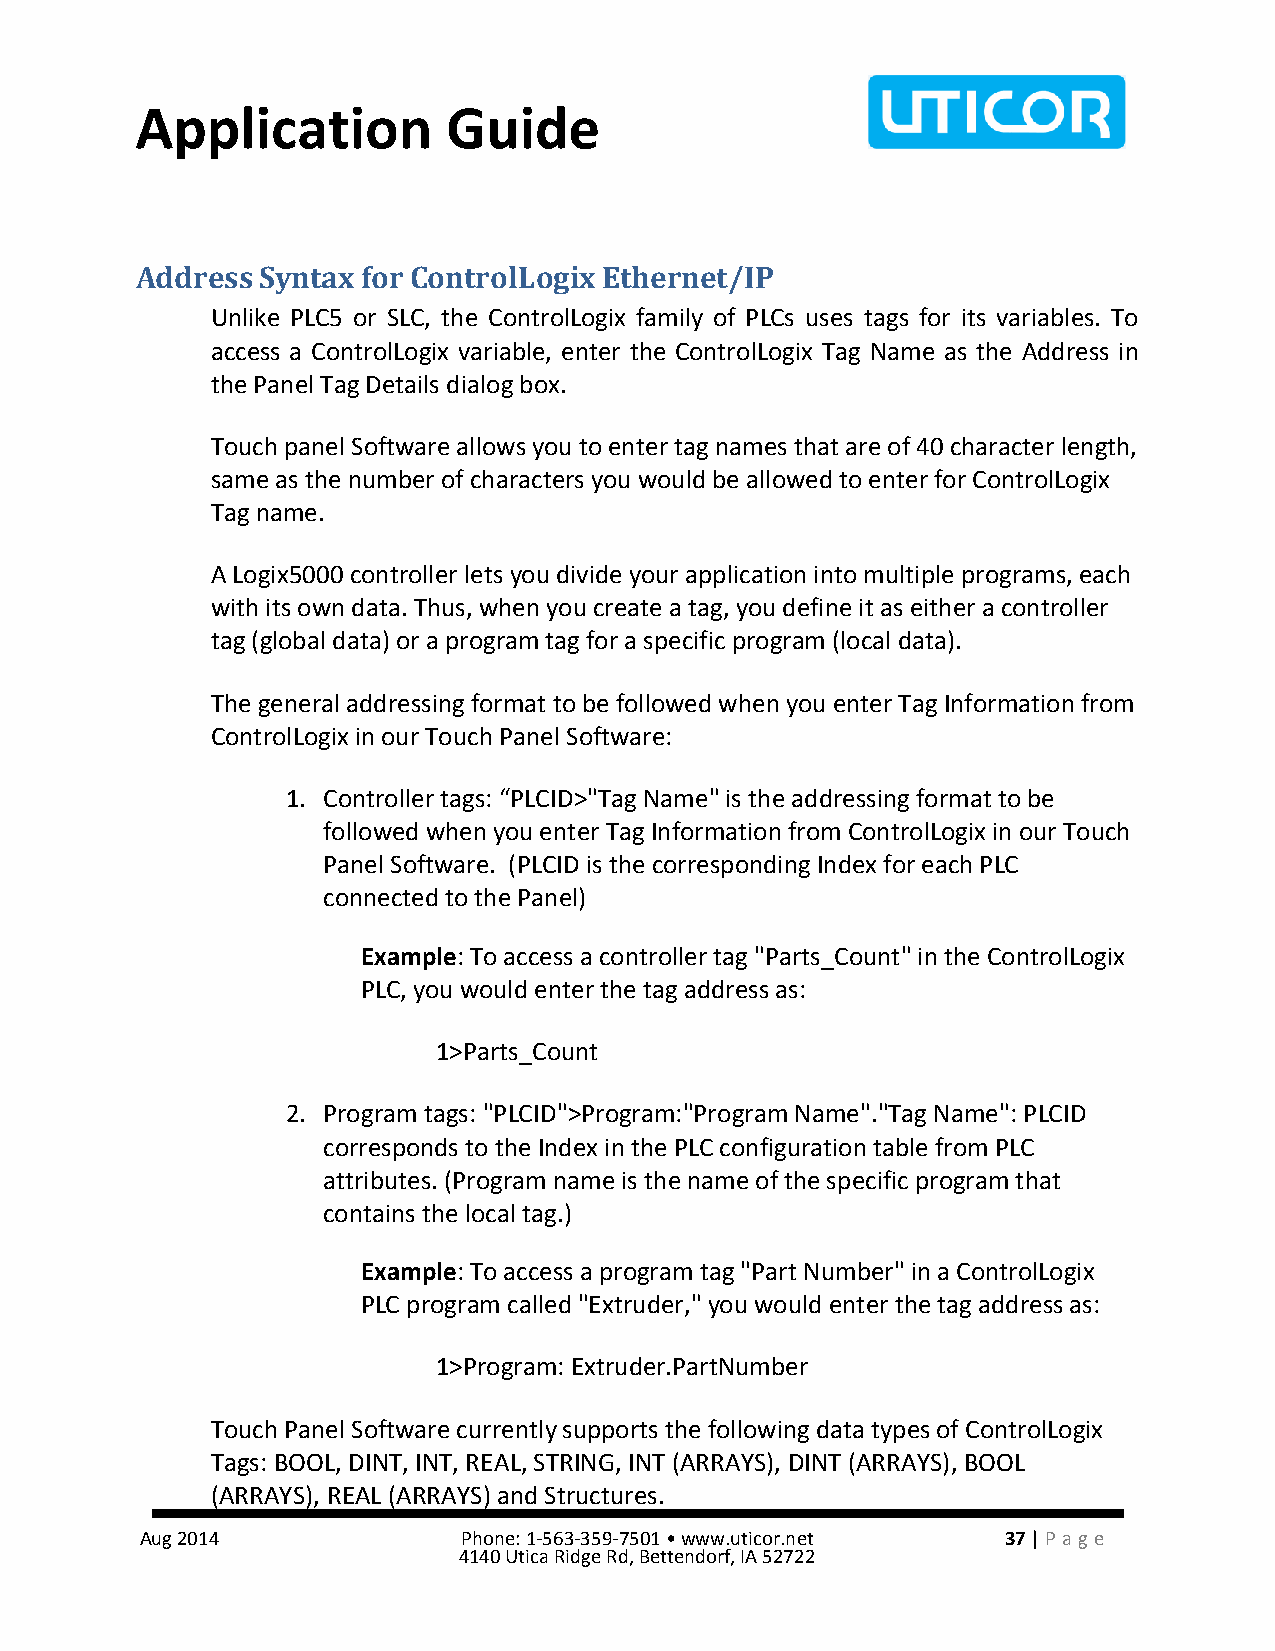
Application          Guide
 Address Syntax for ControlLogix Ethernet/IP
 Unlike PLC5 or SLC, the ControlLogix family of PLCs uses tags for its variables. To
 access a ControlLogix variable, enter the ControlLogix Tag Name as the Address in
 the Panel Tag Details dialog box.
 Touch panel Software allows you to enter tag names that are of 40 character length,
 same as the number of characters you would be allowed to enter for ControlLogix
 Tag name.
 A Logix5000 controller lets you divide your application into multiple programs, each
 with its own data. Thus, when you create a tag, you define it as either a controller
 tag (global data) or a program tag for a specific program (local data).
 The general addressing format to be followed when you enter Tag Information from
 ControlLogix in our Touch Panel Software:
 1. Controller tags: “PLCID>"Tag Name" is the addressing format to be
 followed when you enter Tag Information from ControlLogix in our Touch
 Panel Software. (PLCID is the corresponding Index for each PLC
 connected to the Panel)
 Example: To access a controller tag "Parts_Count" in the ControlLogix
 PLC, you would enter the tag address as:
 1>Parts_Count
 2. Program tags: "PLCID">Program:"Program Name"."Tag Name": PLCID
 corresponds to the Index in the PLC configuration table from PLC
 attributes. (Program name is the name of the specific program that
 contains the local tag.)
 Example: To access a program tag "Part Number" in a ControlLogix
 PLC program called "Extruder," you would enter the tag address as:
 1>Program: Extruder.PartNumber
 Touch Panel Software currently supports the following data types of ControlLogix
 Tags: BOOL, DINT, INT, REAL, STRING, INT (ARRAYS), DINT (ARRAYS), BOOL
 (ARRAYS), REAL (ARRAYS) and Structures.
 Aug 2014              Phone: 1-563-359-7501 • www.uticor.net 37 | Pa ge
 4140 Utica Ridge Rd, Bettendorf, IA 52722